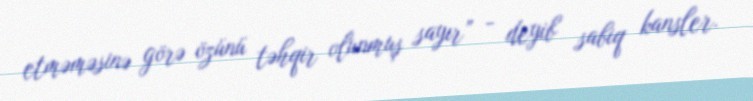
etməməsinə görə özünü təhqir olunmuş sayır” - deyib sabiq kansler.